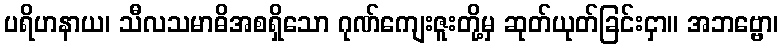
ပရိဟနာယ၊ သီလသမာဓိအစရှိသော ဂုဏ်ကျေးဇူးတို့မှ ဆုတ်ယုတ်ခြင်းငှာ။ အဘဗ္ဗော၊